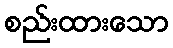
စည်းထားသော